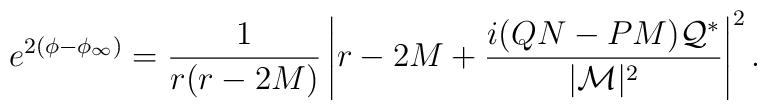
e^{2\left(\phi-\phi_{\infty}\right)}=\frac{1}{r(r-2M)}\left|r-2M+\frac{i(QN-PM){\cal Q}^*}{|{\cal M}|^2}\right|^2.